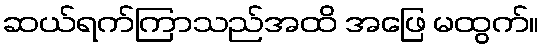
ဆယ်ရက်ကြာသည်အထိ အဖြေ မထွက်။